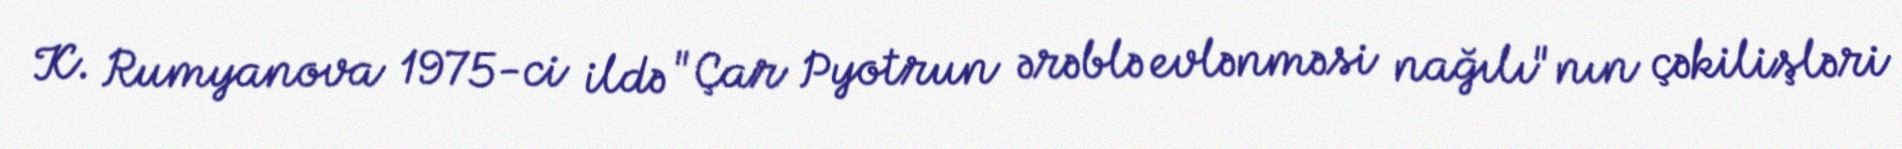
K. Rumyanova 1975-ci ildə "Çar Pyotrun ərəblə evlənməsi nağılı"nın çəkilişləri